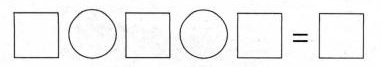
\Box \bigcirc \Box \bigcirc \Box = \Box